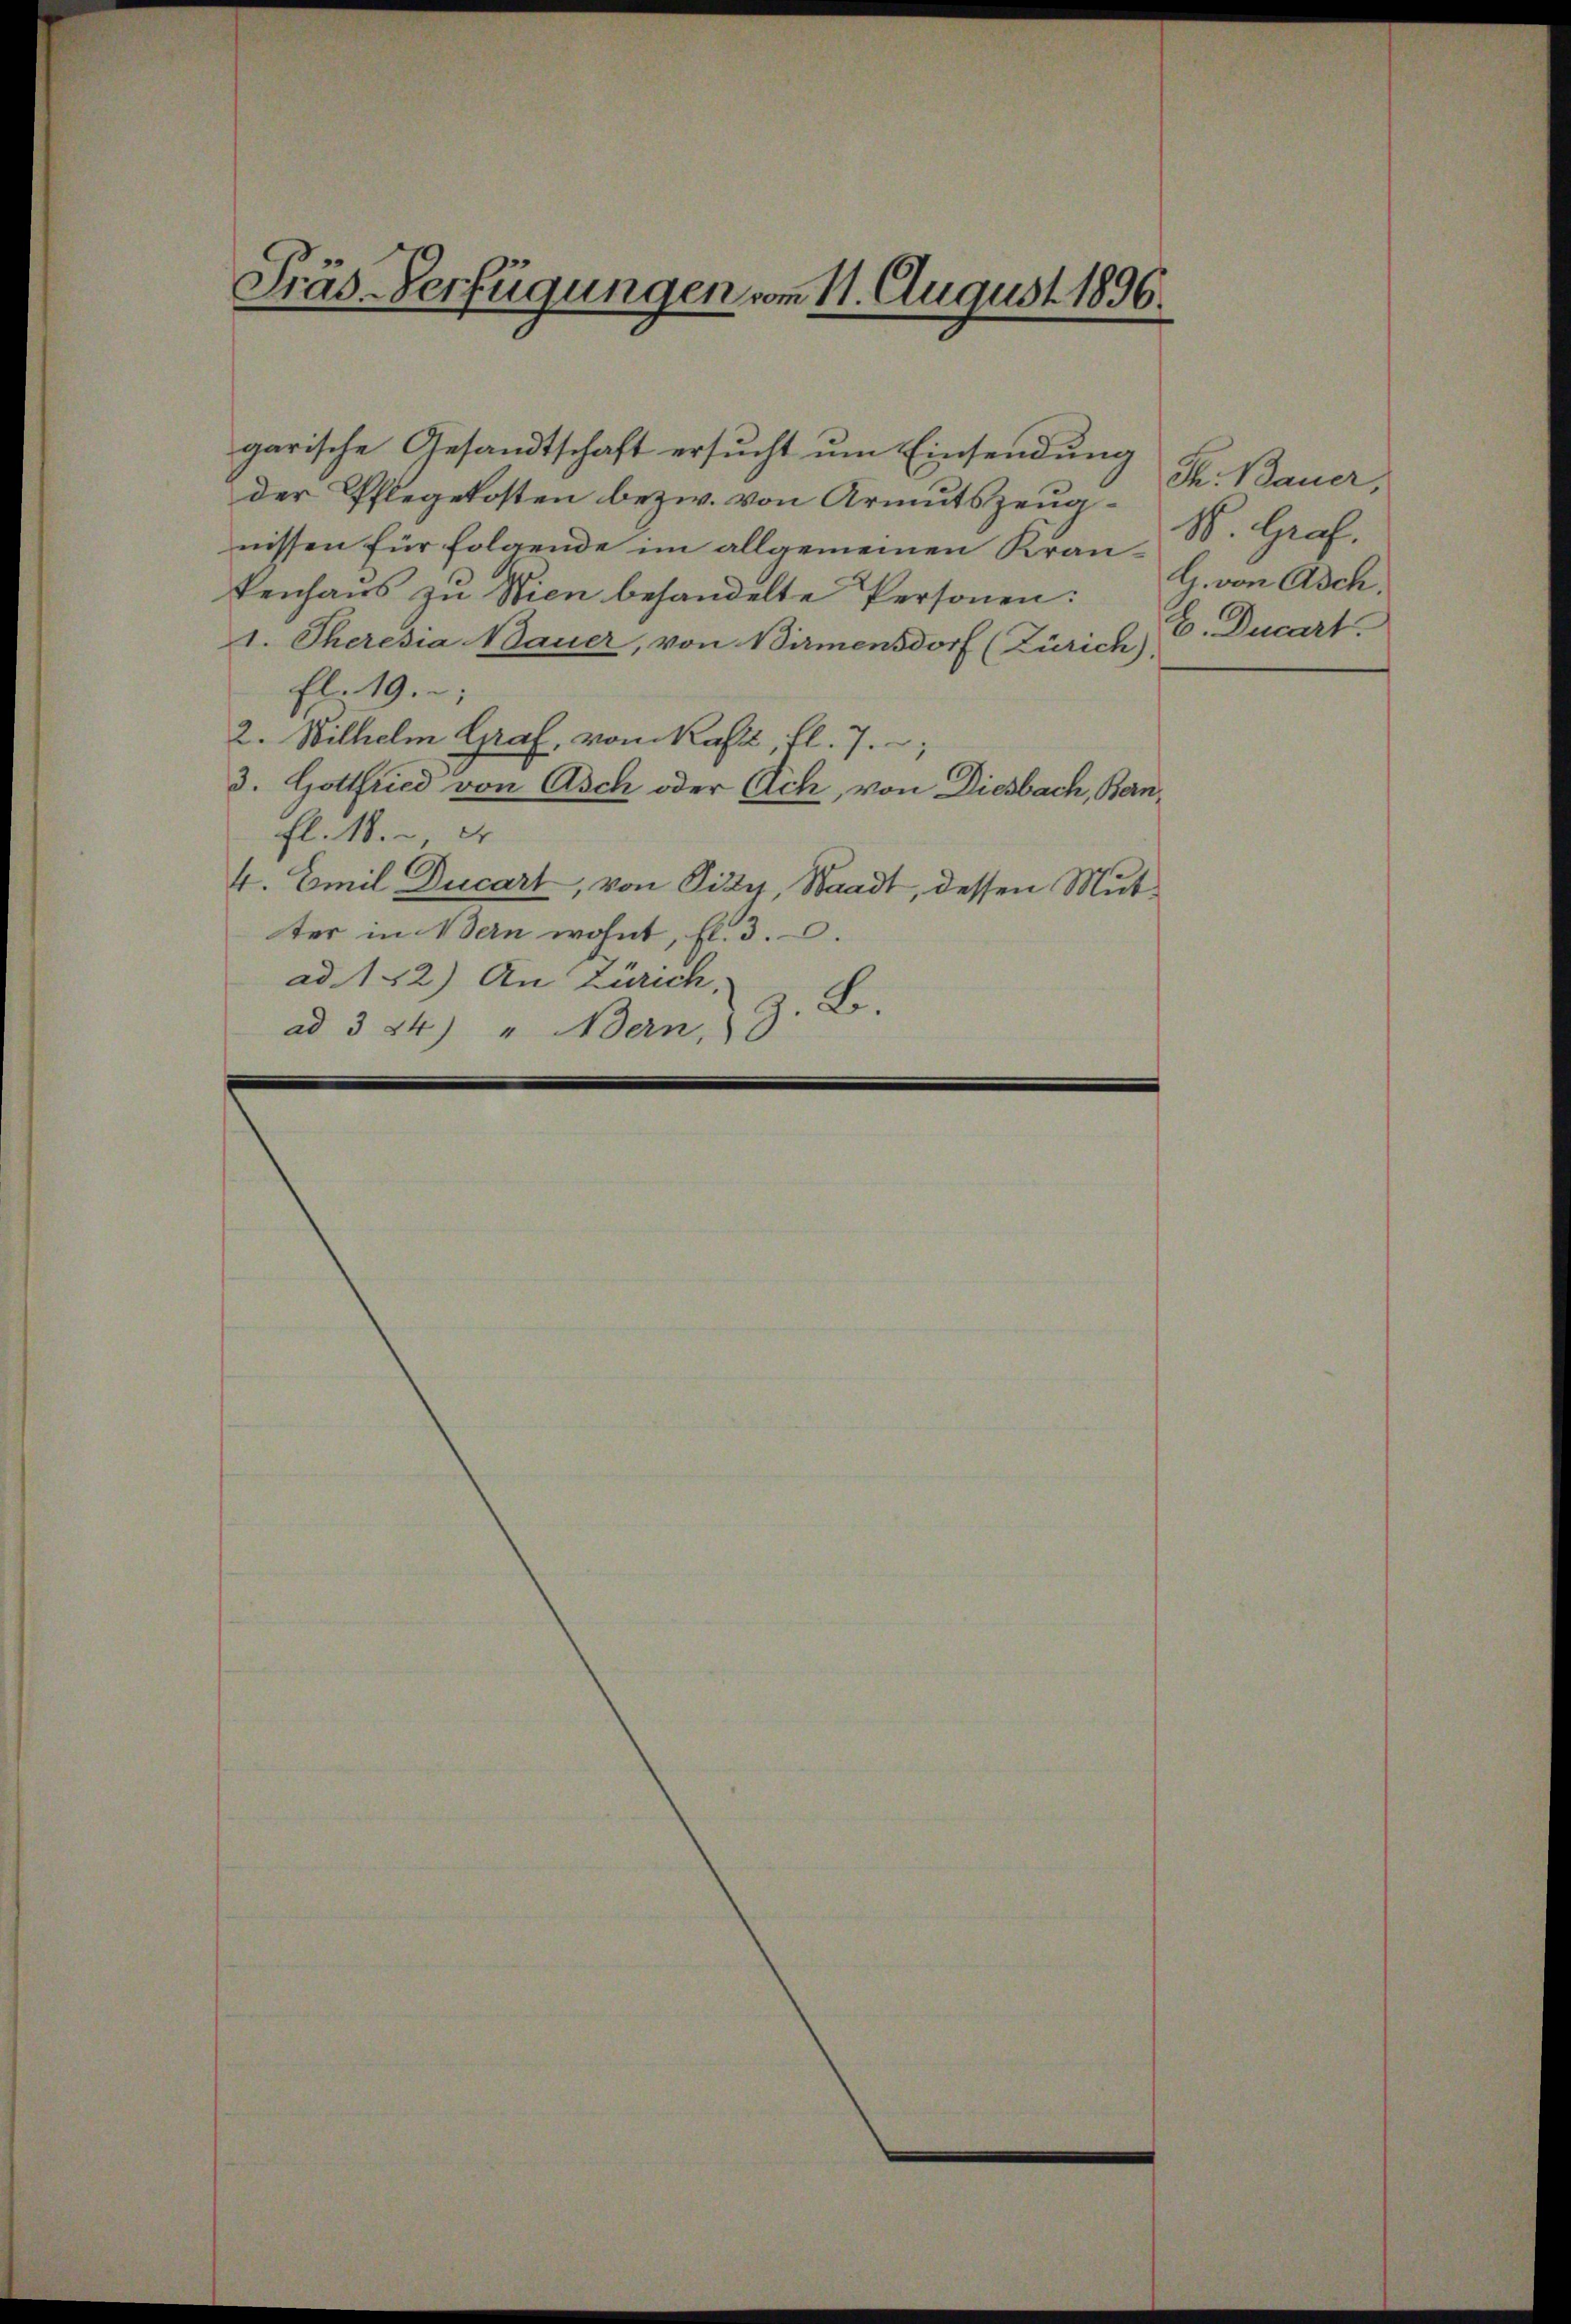
Präs.-Verfügungen vom 11. August 1896.

garische Gesandtschaft ersucht um Einsendung
der Pflegekosten bezw. von Armutszeugnissen für folgende im allgemeinen Kran-S. Graf,
kenhaŭs zŭ Wien behandelte Personen: G. von Asch
1. Theresia Bauer, von Birmensdorf (Zürich),
fl. 19.
2. Wilhelm Graf, vom Kast, fl. 7.
3. Gottfried von Asch oder Ach, von Diesbach, Banfl. 18. er
4. Emil Ducart, von Pizy, Staadt, dessen Mutter in Bern wohnt, fl. 3.
ad. 142) An Zürich:
z. B.
ad 3 24) " Bern,

K. Bauer,
E. Ducart.